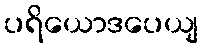
ပရိယောဒပေယျ